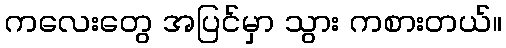
ကလေးတွေ အပြင်မှာ သွား ကစားတယ်။